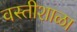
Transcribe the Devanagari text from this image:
वस्तीशाळा